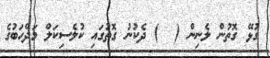
ގުޅޭ ގޮތުން ލެނިން (  ) ދެކުނު ގޮތުގައި ކުލެސިކަލް މަޛްހަބުގެ